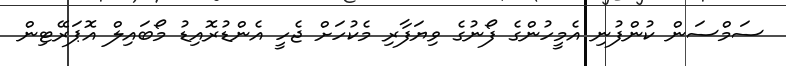
ސަމްސަން ކުންފުނި އެމީހުންގެ ފޯނުގެ ވިޔަފާރި މެކުހަށް ޖެހީ އެންޑުރޮއިޑު މޯބައިލް އޮޕަރޭޓިން